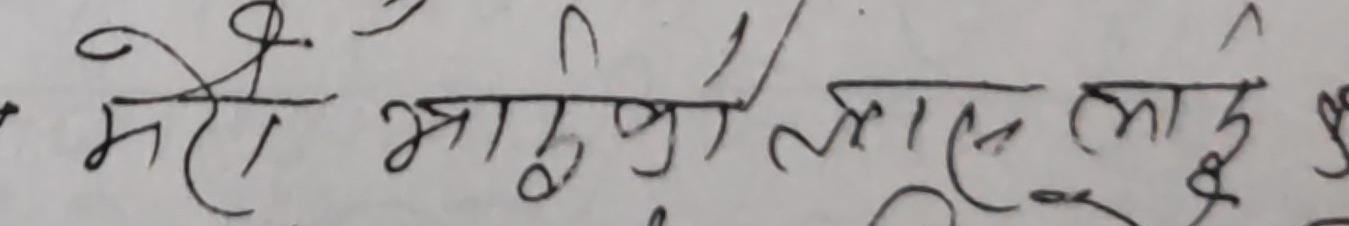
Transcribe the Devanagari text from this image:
मरे भाबुकै लास लाई छु